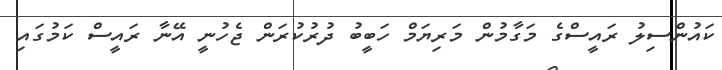
ކައުންސިލު ރައީސްގެ މަގާމުން މަރިޔަމް ހަބީބު ދުރުކުރަން ޖެހުނީ އޭނާ ރައީސް ކަމުގައި